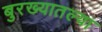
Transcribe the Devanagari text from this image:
बुरख्यातल्या